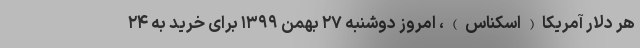
هر دلار آمریکا(اسکناس)، امروز دوشنبه ۲۷ بهمن ۱۳۹۹ برای خرید به ۲۴